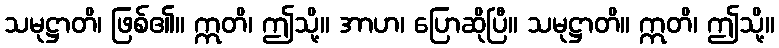
သမုဋ္ဌာတိ၊ ဖြစ်၏။ ဣတိ၊ ဤသို့။ အာဟ၊ ပြောဆိုပြီ။ သမုဋ္ဌာတိ။ ဣတိ၊ ဤသို့။